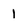
Character: 1